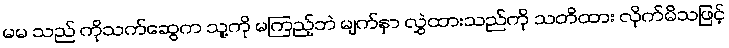
မမ သည် ကိုသက်ဆွေက သူ့ကို မကြည့်ဘဲ မျက်နှာ လွှဲထားသည်ကို သတိထား လိုက်မိသဖြင့်